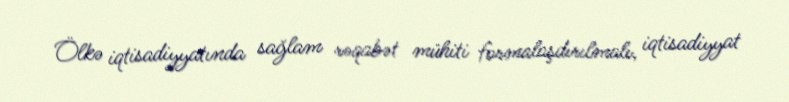
Ölkə iqtisadiyyatında sağlam rəqabət mühiti formalaşdırılmalı, iqtisadiyyat